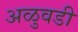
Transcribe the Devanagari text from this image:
अळुवडी